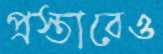
প্রস্তাবেও